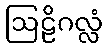
ဩဠိဂလ္လံ